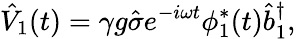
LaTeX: \hat{V}_{1}(t)=\gamma g\hat{\sigma}e^{-i\omega t}\phi_{1}^{\ast}(t)\hat{b}_{1}^{\dagger},